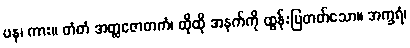
ပန၊ ကား။ တံတံ အတ္ထဇောတကံ၊ ထိုထို အနက်ကို ထွန်းပြတတ်သော။ အက္ခရံ၊